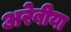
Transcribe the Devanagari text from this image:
अरेबीया